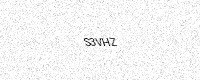
Text: S3VHZ